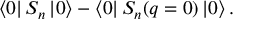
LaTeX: \left< 0 \right| S _ { n } \left| 0 \right> - \left< 0 \right| S _ { n } ( q = 0 ) \left| 0 \right> .